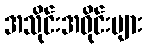
အသိုင်းအဝိုင်းများ